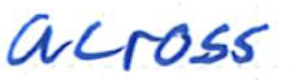
Text: across
Cross-out: clean
Writing tool: ballpoint